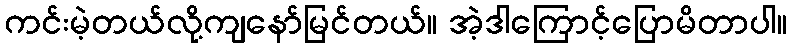
ကင်းမဲ့တယ်လို့ကျနော်မြင်တယ်။ အဲ့ဒါကြောင့်ပြောမိတာပါ။